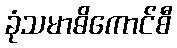
ခုံသမာဓိကောင်စီ